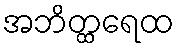
အဘိတ္ထရေထ